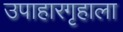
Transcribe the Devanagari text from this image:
उपाहारगृहाला